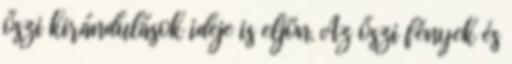
őszi kirándulások ideje is eljön. Az őszi fények és